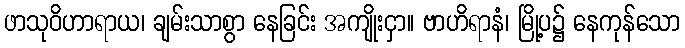
ဖာသုဝိဟာရာယ၊ ချမ်းသာစွာ နေခြင်း အကျိုးငှာ။ ဗာဟိရာနံ၊ မြို့ပ၌ နေကုန်သော